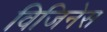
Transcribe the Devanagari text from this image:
विजिनेस